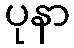
ပုနာ